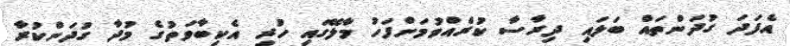
އެފަދަ ގުދަންތައް ބަލައި ދިރާސާ ކުރެއްވުމަށްފަހު މާލޭގައި ހުރި އެކިބާވަތުގެ މުދާ ގުދަންކުރާ